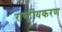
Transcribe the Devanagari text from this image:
राष्‍ट्रीयकरण